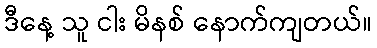
ဒီနေ့ သူ ငါး မိနစ် နောက်ကျတယ်။